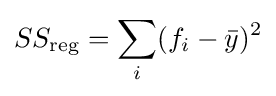
SS_{\text{reg}}=\sum _{i}(f_{i}-{\bar {y}})^{2}